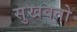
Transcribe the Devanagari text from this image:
सुखवतो